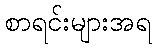
စာရင်းများအရ